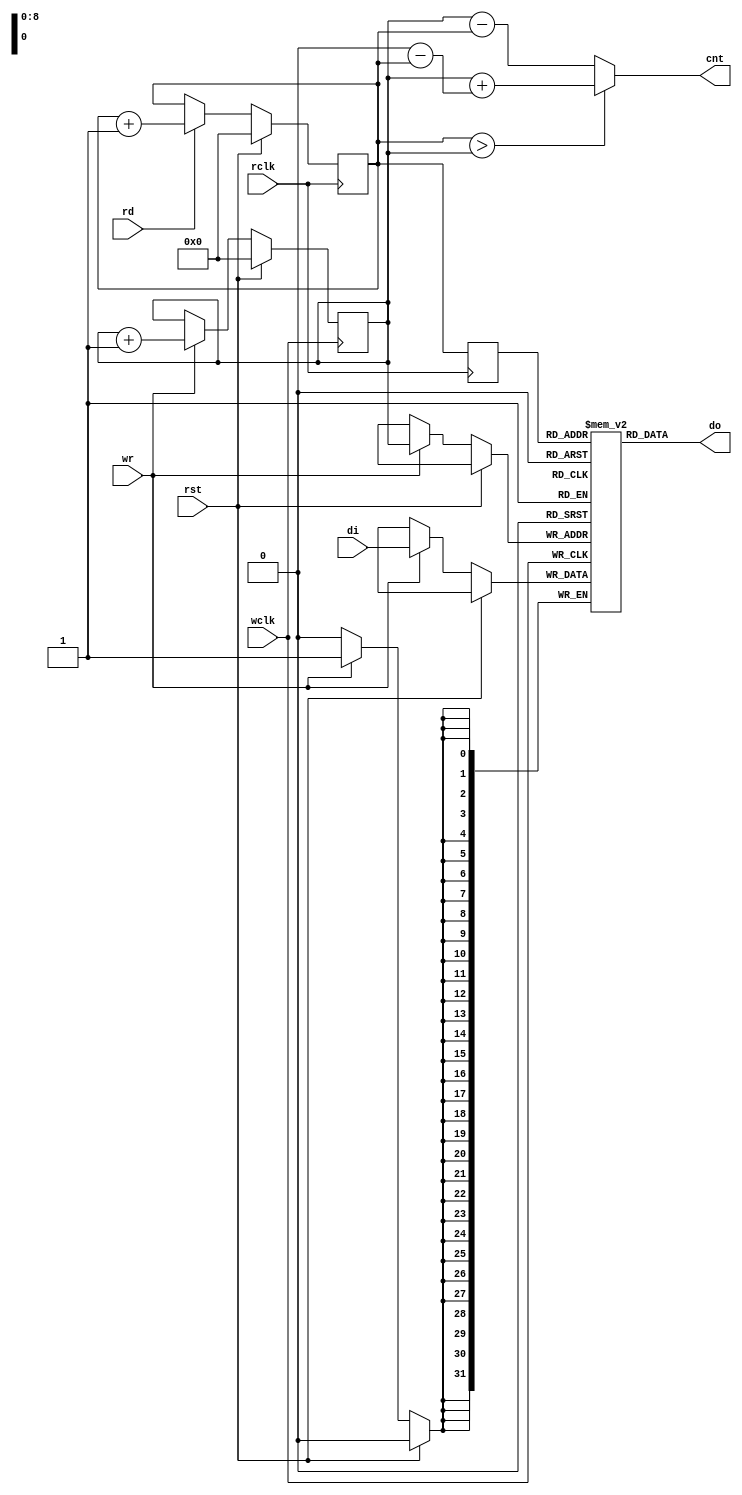
`timescale 1ns / 1ps
// ============================================================================
//        __
//   \\__/ o\    (C) 2008-2013  Robert Finch, Stratford
//    \  __ /    All rights reserved.
//     \/_//     robfinch<remove>@finitron.ca
//       ||
//
//
// This source file is free software: you can redistribute it and/or modify 
// it under the terms of the GNU Lesser General Public License as published 
// by the Free Software Foundation, either version 3 of the License, or     
// (at your option) any later version.                                      
//                                                                          
// This source file is distributed in the hope that it will be useful,      
// but WITHOUT ANY WARRANTY; without even the implied warranty of           
// MERCHANTABILITY or FITNESS FOR A PARTICULAR PURPOSE.  See the            
// GNU General Public License for more details.                             
//                                                                          
// You should have received a copy of the GNU General Public License        
// along with this program.  If not, see <http://www.gnu.org/licenses/>.    
//                                                                          
//
//	Verilog 1995
//
// ============================================================================
//
module rtfVideoFifo(rst, wclk, wr, di, rclk, rd, do, cnt);
input rst;
input wclk;
input wr;
input [31:0] di;
input rclk;
input rd;
output [31:0] do;
output [8:0] cnt;
reg [8:0] cnt;

reg [8:0] wr_ptr;
reg [8:0] rd_ptr,rrd_ptr;
reg [31:0] mem [0:511];

always @(posedge wclk)
	if (rst)
		wr_ptr <= 9'd0;
	else if (wr) begin
		mem[wr_ptr] <= di;
		wr_ptr <= wr_ptr + 9'd1;
	end

always @(posedge rclk)
	if (rst)
		rd_ptr <= 9'd0;
	else if (rd)
		rd_ptr <= rd_ptr + 9'd1;
always @(posedge rclk)
	rrd_ptr <= rd_ptr;

assign do = mem[rrd_ptr];

always @(wr_ptr or rd_ptr)
	if (rd_ptr > wr_ptr)
		cnt <= wr_ptr + (10'd512 - rd_ptr);
	else
		cnt <= wr_ptr - rd_ptr;

endmodule